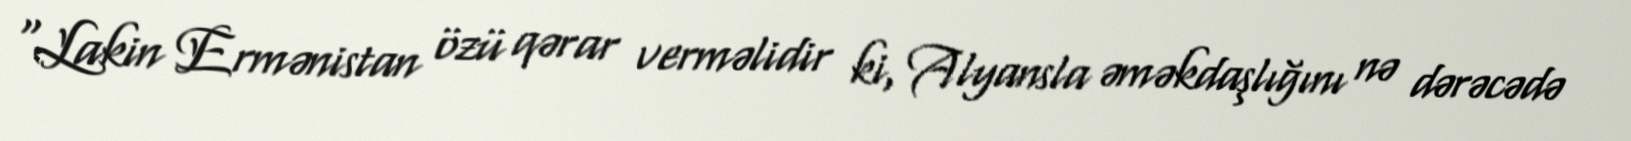
“Lakin Ermənistan özü qərar verməlidir ki, Alyansla əməkdaşlığını nə dərəcədə